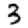
Digit: 3